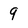
Character: 9